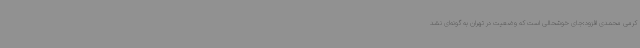
کرمی محمدی افزود:‌جای خوشحالی است که وضعیت در تهران به گونه‌ای نشد